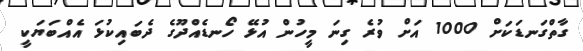
ގާތްގަނޑަކަށް 1000 އަށް ވުރެ ގިނަ މީހުން އުޅޭ ހޯނޑެއްދޫގެ ދެބައިކުޅަ އެއްބަޔަކީ